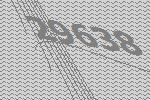
29638